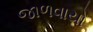
જાળવાયો